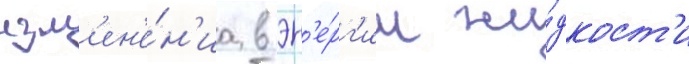
изм'ен'е́н'иа в эн'е́рг'ии жи́дкост'и